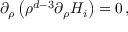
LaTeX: \partial _ { \rho } \left( \rho ^ { d - 3 } \partial _ { \rho } H _ { i } \right) = 0 \, ,